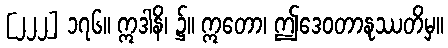
[၂၂၂] ၁၇၆။ ဣဒါနိ၊ ၌။ ဣတော၊ ဤဒေဝတာနုဿတိမှ။